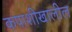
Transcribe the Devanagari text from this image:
कपाशीखालील